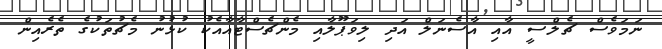
ނަމަވެސް ޗެލްސީ އާއި އާސެނަލް އަދި ލިވަޕޫލާއި މެންޗެސްޓާއާއެކު ކުޅުނު މެޗުތަކުގެ ތެރެއިން